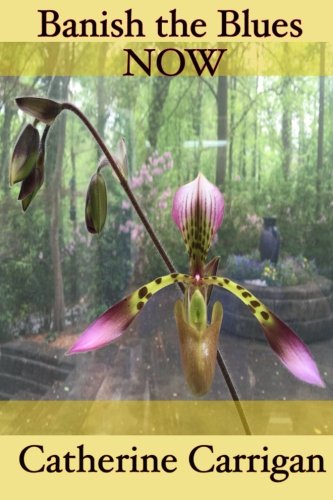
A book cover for Banish the Blues NOW; Catherine Carrigan; Health, Fitness & Dieting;